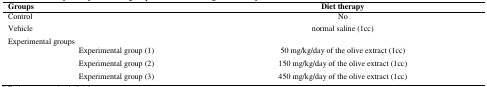
<table><thead><tr><td colspan="2"><b>Groups</b></td><td><b>Diet therapy</b></td></tr></thead><tbody><tr><td>Control</td><td></td><td>No</td></tr><tr><td>Vehicle</td><td></td><td>normal saline (1cc)</td></tr><tr><td colspan="2">Experimental groups</td><td></td></tr><tr><td></td><td>Experimental group (1)</td><td>50 mg/kg/day of the olive extract (1cc)</td></tr><tr><td></td><td>Experimental group (2)</td><td>150 mg/kg/day of the olive extract (1cc)</td></tr><tr><td></td><td>Experimental group (3)</td><td>450 mg/kg/day of the olive extract (1cc)</td></tr></tbody></table>